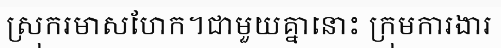
ស្រុករមាសហែក។ជាមួយគ្នានោះ ក្រុមការងារ